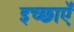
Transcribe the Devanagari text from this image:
इच्छाऍं